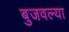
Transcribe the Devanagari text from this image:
बुजवल्या